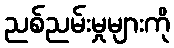
ညစ်ညမ်းမှုများကို